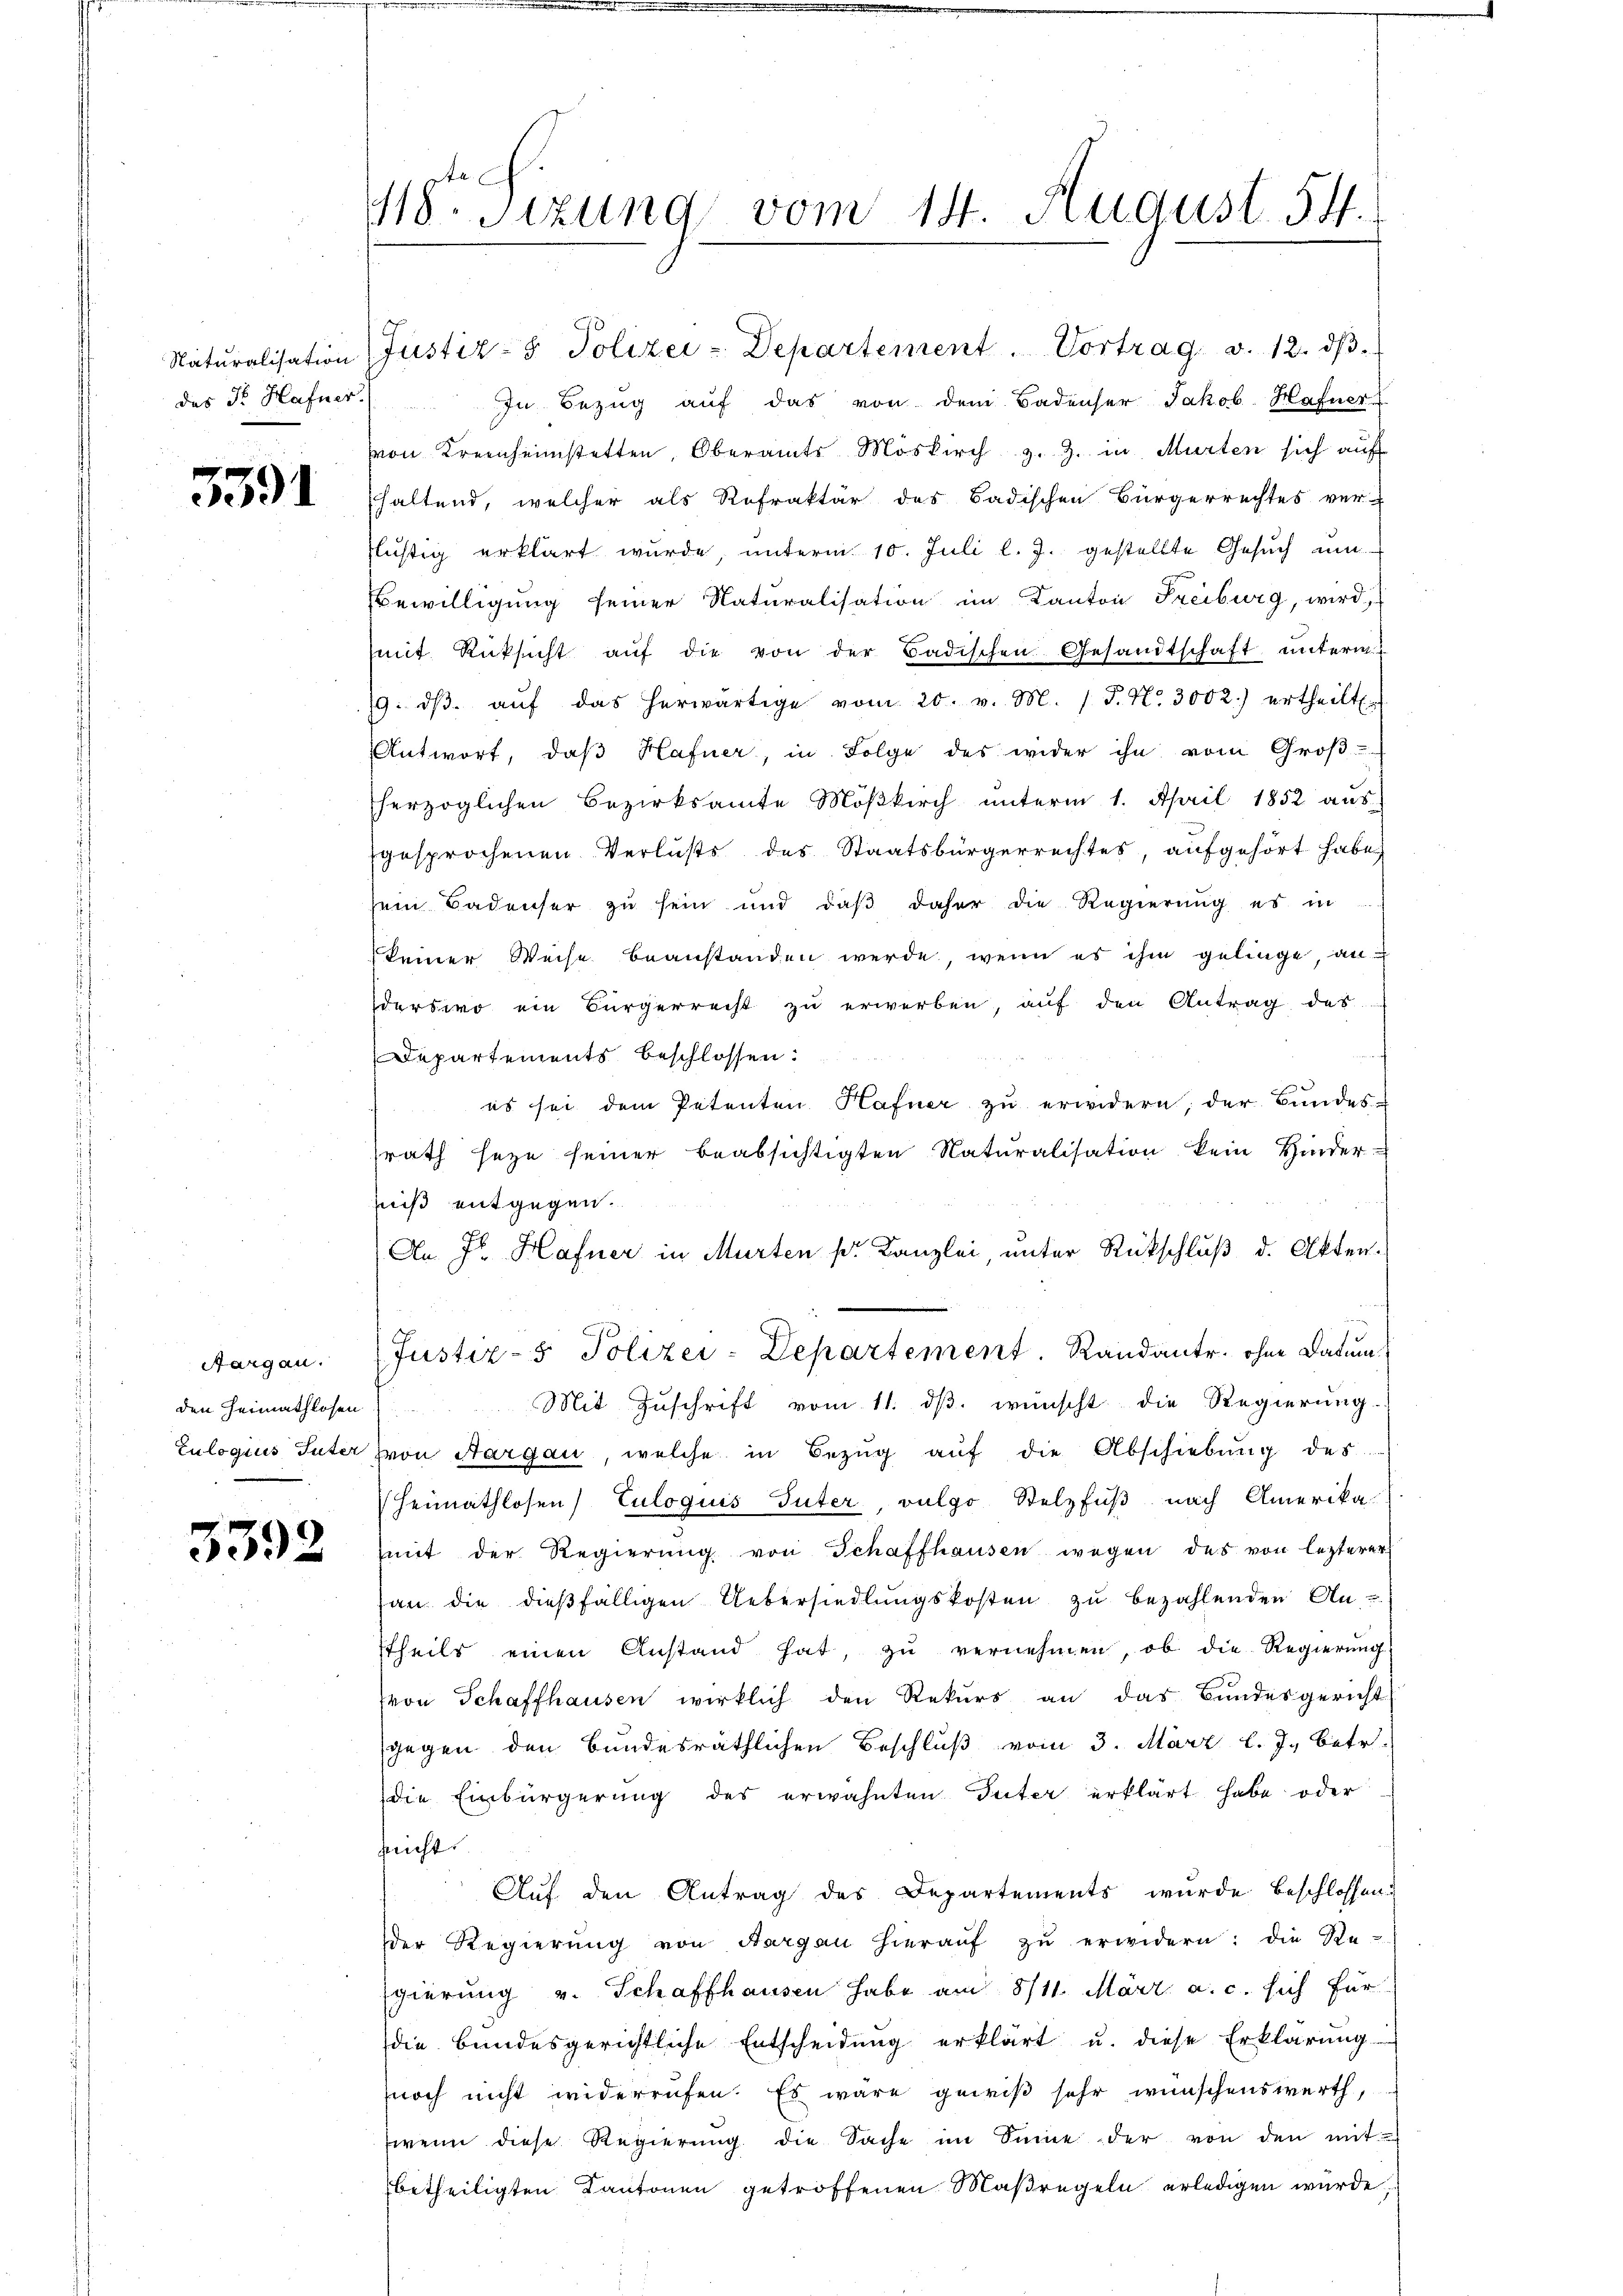
das Dr. Hafner.

3591

Aargau.

3392

418. Sitzung vom 14. August. 54.

Naturalisation (Justiz- & Polizei-Departement. Vortrag v. 12. dβ.
In Bezug auf das von dem Badenser Jakob Hafner
von Kreinheimstetten, Oberamts Möskirch z. Z. in Murten sich auf
haltend, welcher als Refraktär des Badischen Bürgerrechtes ver-
flustig erklärt wurde, unterm 10. Juli l. J. gestellte Gesuch um
Bewilligung seiner Naturalisation im Kanton Freiburg, wird,
mit Rücksicht aŭf die von der Badischen Gesandtschaft unterm
19. dβ aŭf das herwärtige vom 20. v. M. (T. N. 3002.) ertheilt.
Antwort, daβ Hafner, in Folge des wider ihn vom Groβ
herzoglichen Bezirksamte Möβkirch ŭnterm 1. April 1852 aŭs
gesprochenen Verlusts des Staatsbürgerrechtes, aufgehört habe,
sein Badenser zu sein und daβ daher die Regierŭng es in
keiner Weise beanstanden werde, wenn es ihm gelinge, an
derswo ein Bürgerrecht zŭ erwerben, aŭf den Antrag des
Departements beschlossen:
es sei dem Petenten Hafner zu erwidern, der Bundes-
srath seye seiner beabsichtigten Naturalisation kein Hinder-
fniß entgegen.
An Fr. Hafner in Murten pr. Kanzlei, unter Rückschluß d. Akten¬
Justiz- & Polizei-Departement. Randantr. ohne Datum
den Heimathlosen Mit Zŭschrift vom 11. dβ. wünscht die Regierŭng.
Zulogius Suter von Aargau, welche in Bezŭg aŭf die Abschiebung des
Heimathlosen) Culoquis Güter, vulgo Stelzfuß nach Amerika
mit der Regierŭng von Schaffhausen wegen des von lezterer
san die dießfälligen Uebersiedlungskosten zu bezahlenden An-
theils einen Anstand hat, zu vernehmen, ob die Regierung
von Schaffhausen wirklich den Rekurs an das Bundesgericht
gegen den bundesräthlichen Beschluß vom 3. März l. J., betr.
die Einbürgerung des erwähnten Seiter erklärt habe oder
nicht.
Auf den Antrag des Departements wurde beschlossend
der Regierŭng von Aargau hieraŭf zŭ erwidern: die Re-
gierung v. Schaffhausen habe am 8/11. März a. c. sich für
die bundesgerichtliche Entscheidŭng erklärt u. diese Erklärŭng
noch nicht widerrufen. Es wäre gewiß sehr wünschenswerth,
wenn diese Regierŭng die Sache im Sinne der von den mit
betheiligten Kantonen getroffenen Maßregeln erledigen wurde;